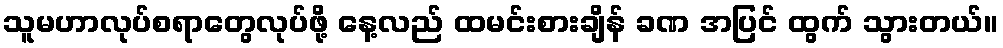
သူမဟာလုပ်စရာတွေလုပ်ဖို့ နေ့လည် ထမင်းစားချိန် ခဏ အပြင် ထွက် သွားတယ်။